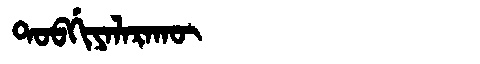
Manchu: ᡨᠣᠪᡤᡳᠶᠠᠯᠠᡵᠠᡴᡡ
Romanization: TOBGIYALARAKŪ